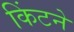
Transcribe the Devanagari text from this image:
किंटने